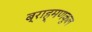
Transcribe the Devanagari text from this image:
ब्राह्मणकुल